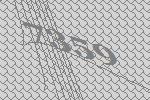
7359